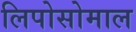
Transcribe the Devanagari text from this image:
लिपोसोमाल